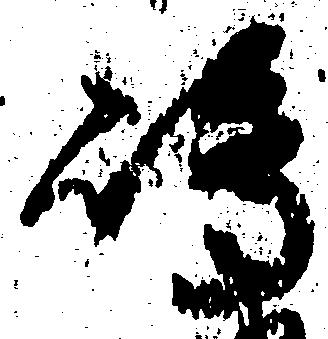
嶋